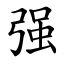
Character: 强